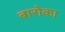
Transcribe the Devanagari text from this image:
बारोका